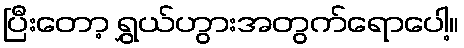
ပြီးတော့ ရွှယ်ဟွားအတွက်ရောပေါ့။